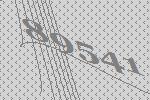
89541